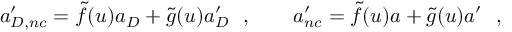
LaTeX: a _ { D , n c } ^ { \prime } = \tilde { f } ( u ) a _ { D } + \tilde { g } ( u ) a _ { D } ^ { \prime } \ \ , \qquad a _ { n c } ^ { \prime } = \tilde { f } ( u ) a + \tilde { g } ( u ) a ^ { \prime } \ \ ,